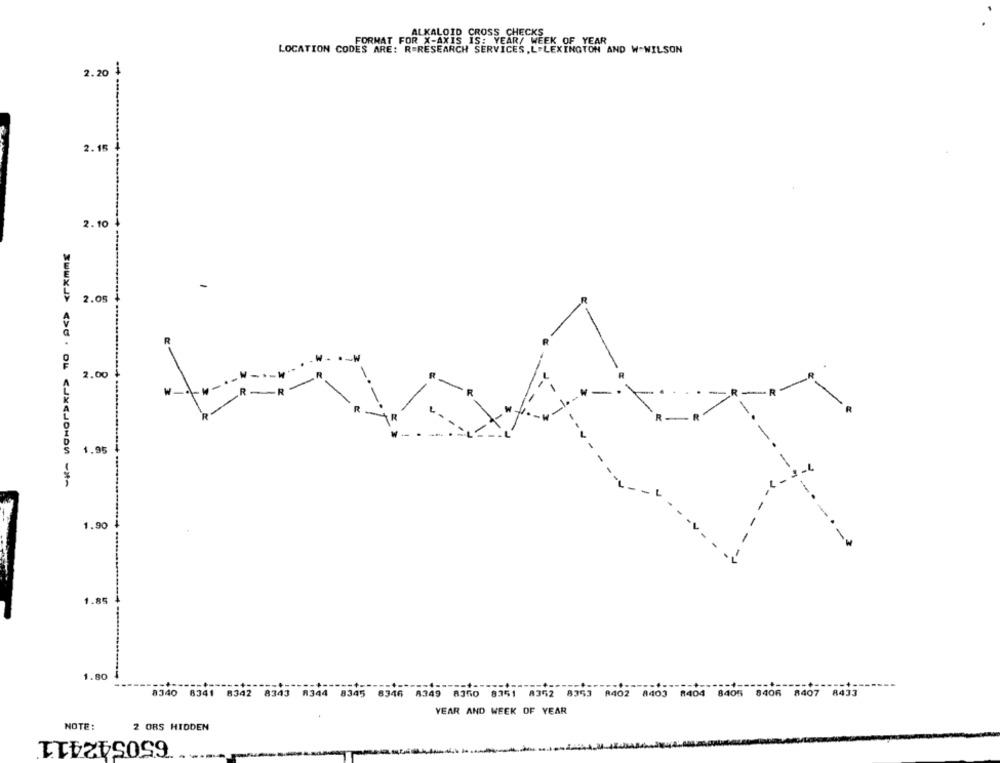
ALKALOID CROSS CHECKS
FORMAT FOR X-AXIS IS: YEAR/ WEEK OF YEAR
LOCATION CODES AR
ODES ARE: R=RESEARCH SERVICES,L.LEXINGTON AND W-WILSON
2.20
2.15
2.10
2.05
R
- M.
2.00
-
1.95
1.90
1.85
1.80
-- +
8340 8341 8342 8343 8344 8345 8346 8349 8350 8351 8352 8353 8402 8403 8404 8405 8406 8407 8433
YEAR AND WEEK OF YEAR
NOTE:
2 ORS HIDDEN
650542411